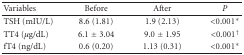
<table><thead><tr><td><b>Variables</b></td><td><b>Before</b></td><td><b>After</b></td><td><b><i>P</i></b></td></tr></thead><tbody><tr><td>TSH (mIU/L)</td><td>8.6 (1.81)</td><td>1.9 (2.13)</td><td>&lt;0.001<sup>∗</sup></td></tr><tr><td>TT4 (<i>μ</i>g/dL)</td><td>6.1 ± 3.04</td><td>9.0 ± 1.95</td><td>&lt;0.001<sup>†</sup></td></tr><tr><td>fT4 (ng/dL)</td><td>0.6 (0.20)</td><td>1.13 (0.31)</td><td>&lt;0.001<sup>∗</sup></td></tr></tbody></table>